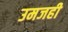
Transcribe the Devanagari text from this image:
उमजही